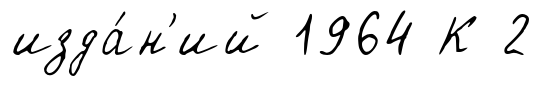
изда́н'ий 1964 К 2